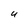
Character: U